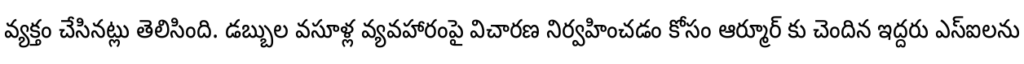
వ్యక్తం చేసినట్లు తెలిసింది. డబ్బుల వసూళ్ల వ్యవహారంపై విచారణ నిర్వహించడం కోసం ఆర్మూర్ కు చెందిన ఇద్దరు ఎస్ఐలను